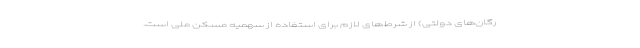
رگان‌های دولتی) از شرط‌های لازم برای استفاده از سهمیه مسکن ملی است.